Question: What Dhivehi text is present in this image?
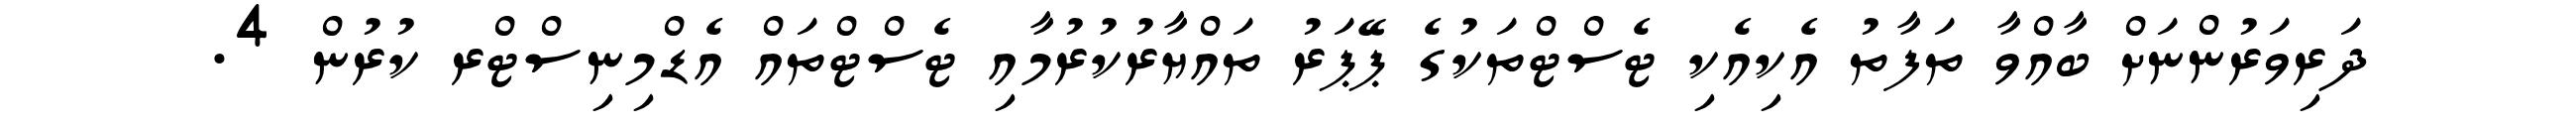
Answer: ދަރިވަރުންނަށް ބާއްވާ ތަފާތު އެކިއެކި ޓެސްޓްތަކުގެ ޕޭޕަރު ތައްޔާރުކުރުމާއި ޓެސްޓްތައް އެޑްމިނިސްޓްރ ކުރުން 4.